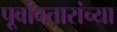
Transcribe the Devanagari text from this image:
पूर्वावतारांच्या